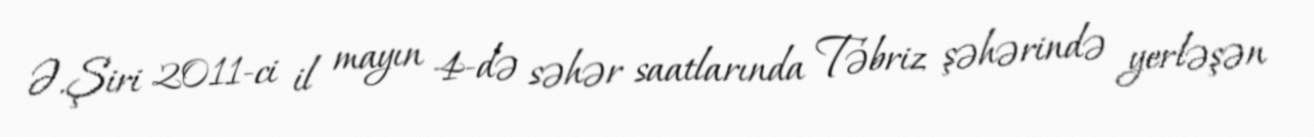
Ə.Şiri 2011-ci il mayın 4-də səhər saatlarında Təbriz şəhərində yerləşən